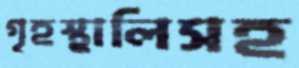
গৃহস্থালিসহ